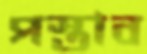
পস্তাব